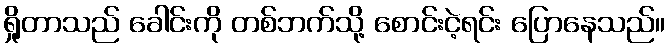
ရှိုတာသည် ခေါင်းကို တစ်ဘက်သို့ စောင်းငဲ့ရင်း ပြောနေသည်။